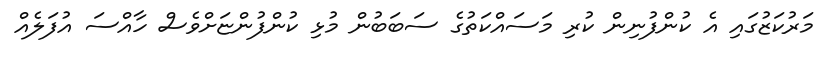
މަރުކަޒުގައި އެ ކުންފުނިން ކުރި މަސައްކަތުގެ ސަބަބުން މުޅި ކުންފުންޏަށްވެސް ހާއްސަ އުފަލެއް